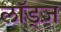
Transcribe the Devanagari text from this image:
लॉड्ज़